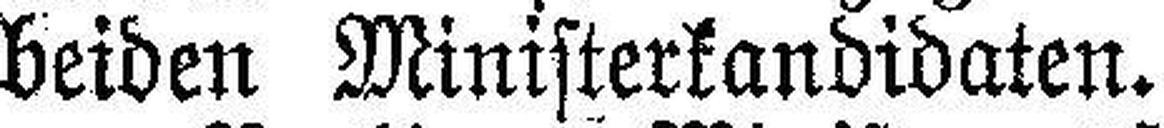
beiden Ministerkandidaten.